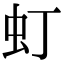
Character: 虰